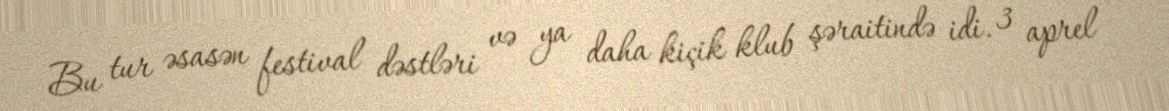
Bu tur əsasən festival dəstləri və ya daha kiçik klub şəraitində idi. 3 aprel